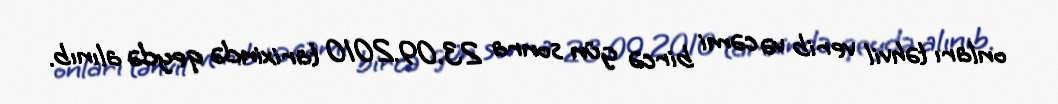
onları təhvil verib və cəmi bircə gün sonra 23.09.2010 tarixində qeydə alınıb.